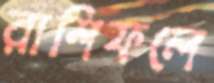
রাশিফলে